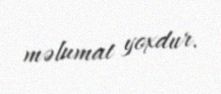
məlumat yoxdur.